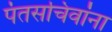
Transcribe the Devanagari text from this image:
पंतसचिवांना